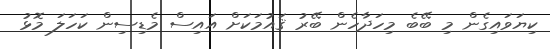
ކިޔަވައިގެން މި ބޭބެ މިހަދާހެން ބޭރު ޤައުމަކަށް އައިސް މެޑިސިން ކަހަލަ މޮޅު